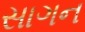
સાગન